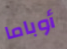
أوباما